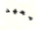
معهد